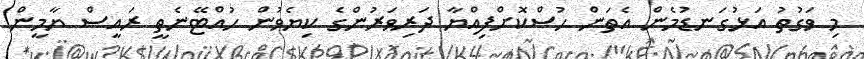
މި ވަގުތު އަޅުގަނޑުމެން އެތަން ހުސްކޮށްފިއްޔާ ދަރިވަރުންގެ ކިޔެވުން ހުއްޓޭނެތީ ރައީސް ޔާމީން